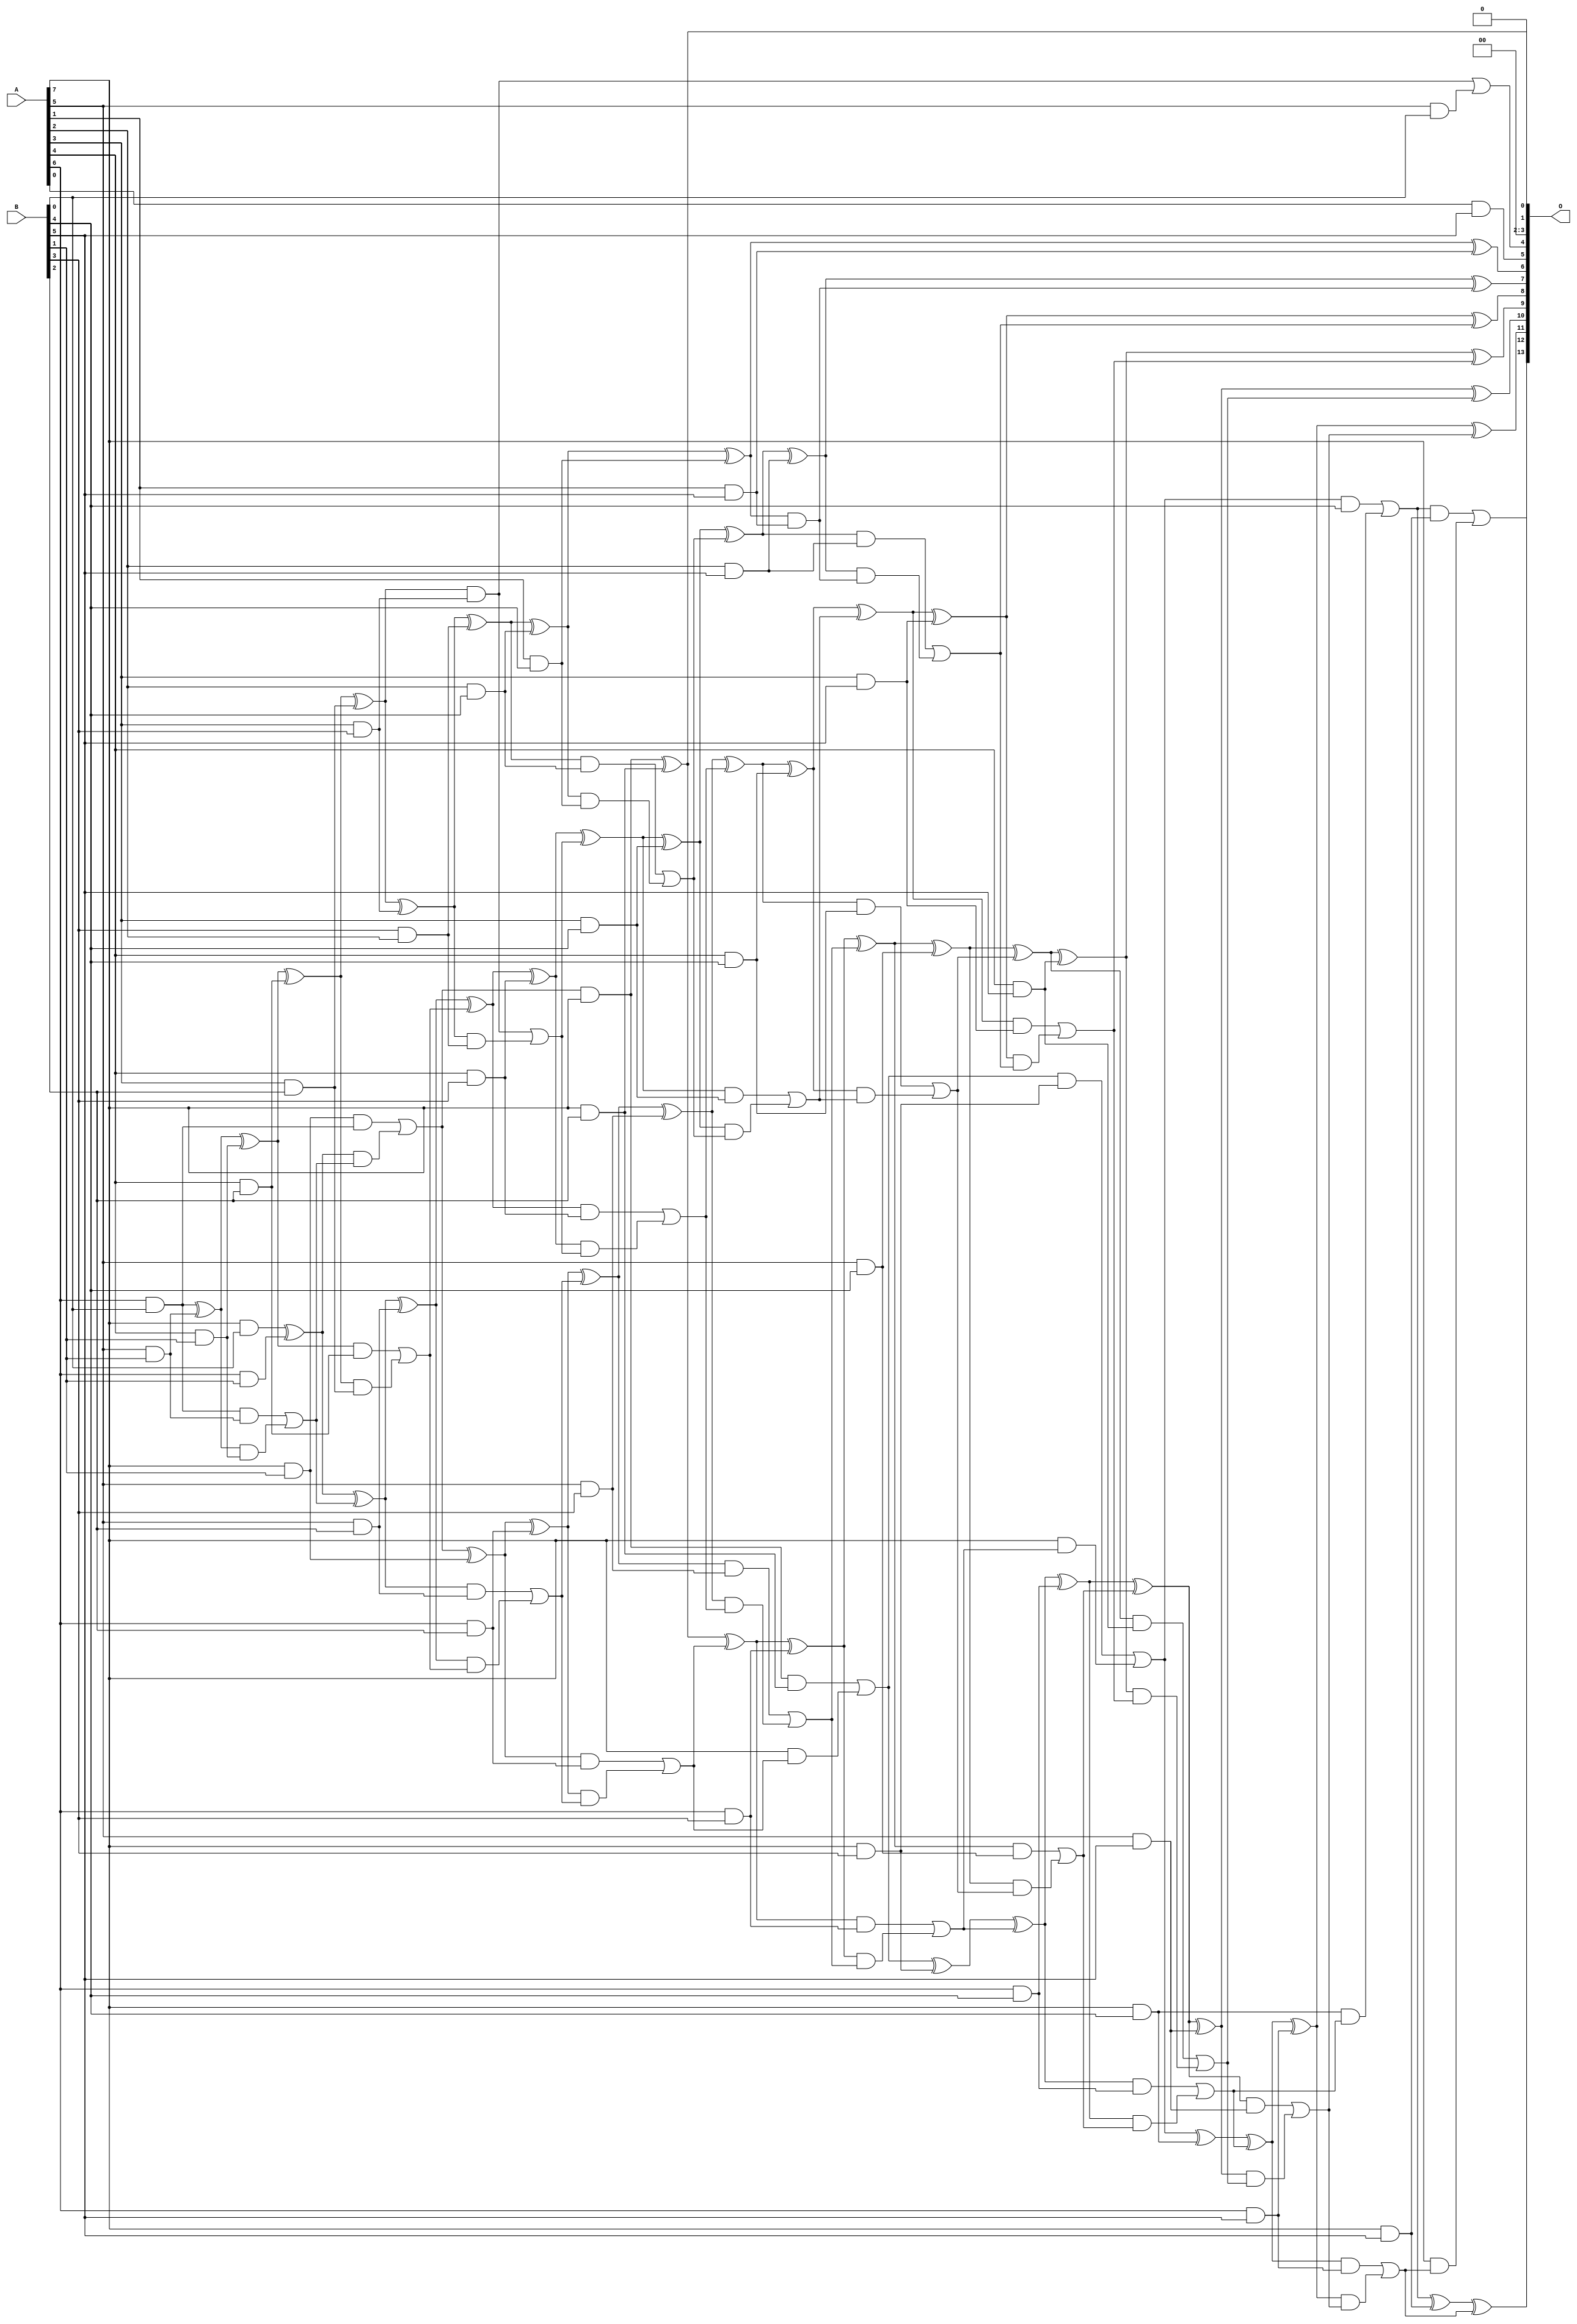
// This program was cloned from: https://github.com/ehw-fit/evoapproxlib
// License: MIT License

/***
* This code is a part of EvoApproxLib library (ehw.fit.vutbr.cz/approxlib) distributed under The MIT License.
* When used, please cite the following article(s): V. Mrazek, L. Sekanina, Z. Vasicek "Libraries of Approximate Circuits: Automated Design and Application in CNN Accelerators" IEEE Journal on Emerging and Selected Topics in Circuits and Systems, Vol 10, No 4, 2020 
* This file contains a circuit from a sub-set of pareto optimal circuits with respect to the pwr and mse parameters
***/
// MAE% = 0.13 %
// MAE = 21 
// WCE% = 0.48 %
// WCE = 78 
// WCRE% = 100.00 %
// EP% = 92.97 %
// MRE% = 3.06 %
// MSE = 682 
// PDK45_PWR = 0.186 mW
// PDK45_AREA = 367.0 um2
// PDK45_DELAY = 1.16 ns

module mul8x6u_4TF (
    A,
    B,
    O
);

input [7:0] A;
input [5:0] B;
output [13:0] O;

wire sig_20,sig_21,sig_26,sig_27,sig_28,sig_29,sig_36,sig_52,sig_53,sig_54,sig_55,sig_56,sig_57,sig_58,sig_59,sig_60,sig_61,sig_62,sig_63,sig_67;
wire sig_68,sig_69,sig_70,sig_71,sig_89,sig_90,sig_91,sig_92,sig_93,sig_94,sig_95,sig_96,sig_97,sig_98,sig_99,sig_100,sig_101,sig_102,sig_103,sig_104;
wire sig_105,sig_106,sig_107,sig_108,sig_112,sig_113,sig_114,sig_115,sig_116,sig_129,sig_130,sig_131,sig_132,sig_133,sig_134,sig_135,sig_136,sig_137,sig_138,sig_139;
wire sig_140,sig_141,sig_142,sig_143,sig_144,sig_145,sig_146,sig_147,sig_148,sig_149,sig_150,sig_151,sig_152,sig_153,sig_154,sig_155,sig_156,sig_157,sig_158,sig_159;
wire sig_160,sig_161,sig_163,sig_169,sig_170,sig_171,sig_172,sig_173,sig_174,sig_175,sig_176,sig_177,sig_178,sig_179,sig_180,sig_181,sig_182,sig_183,sig_184,sig_185;
wire sig_186,sig_187,sig_188,sig_189,sig_190,sig_191,sig_192,sig_193,sig_194,sig_195,sig_196,sig_197,sig_198,sig_199,sig_200,sig_201,sig_202,sig_203,sig_204,sig_205;
wire sig_206,sig_209,sig_210,sig_214,sig_215,sig_216,sig_217,sig_218,sig_219,sig_220,sig_221,sig_222,sig_223,sig_224,sig_225,sig_226,sig_227,sig_228,sig_229,sig_230;
wire sig_231,sig_232,sig_233,sig_234,sig_235,sig_236,sig_237,sig_238,sig_239,sig_240,sig_241,sig_242,sig_243;

assign sig_20 = A[6] & B[0];
assign sig_21 = A[7] & B[0];
assign sig_26 = A[4] & B[1];
assign sig_27 = A[5] & B[1];
assign sig_28 = A[6] & B[1];
assign sig_29 = A[7] & B[1];
assign sig_36 = B[3] & A[2];
assign sig_52 = sig_20 ^ sig_27;
assign sig_53 = sig_20 & sig_27;
assign sig_54 = sig_52 & sig_26;
assign sig_55 = sig_52 ^ sig_26;
assign sig_56 = sig_53 | sig_54;
assign sig_57 = sig_21 ^ sig_28;
assign sig_58 = sig_29 & sig_20;
assign sig_59 = sig_57 & sig_56;
assign sig_60 = sig_57 ^ sig_56;
assign sig_61 = sig_58 | sig_59;
assign sig_62 = sig_61 & A[7];
assign sig_63 = sig_61 ^ sig_29;
assign sig_67 = A[3] & B[2];
assign sig_68 = A[4] & B[2];
assign sig_69 = A[5] & B[2];
assign sig_70 = A[6] & B[2];
assign sig_71 = A[7] & B[2];
assign sig_89 = sig_55 ^ sig_68;
assign sig_90 = sig_55 & sig_68;
assign sig_91 = sig_89 & sig_67;
assign sig_92 = sig_89 ^ sig_67;
assign sig_93 = sig_90 | sig_91;
assign sig_94 = sig_60 ^ sig_69;
assign sig_95 = sig_60 & sig_69;
assign sig_96 = sig_94 & sig_93;
assign sig_97 = sig_94 ^ sig_93;
assign sig_98 = sig_95 | sig_96;
assign sig_99 = sig_63 ^ sig_70;
assign sig_100 = sig_63 & sig_70;
assign sig_101 = sig_99 & sig_98;
assign sig_102 = sig_99 ^ sig_98;
assign sig_103 = sig_100 | sig_101;
assign sig_104 = sig_62 ^ sig_71;
assign sig_105 = sig_62 & sig_71;
assign sig_106 = A[7] & sig_103;
assign sig_107 = sig_104 ^ sig_103;
assign sig_108 = sig_105 | sig_106;
assign sig_112 = A[3] & B[3];
assign sig_113 = A[4] & B[3];
assign sig_114 = A[5] & B[3];
assign sig_115 = A[6] & B[3];
assign sig_116 = A[7] & B[3];
assign sig_129 = sig_92 ^ sig_112;
assign sig_130 = sig_92 & sig_112;
assign sig_131 = sig_129 & sig_36;
assign sig_132 = sig_129 ^ sig_36;
assign sig_133 = sig_130 | sig_131;
assign sig_134 = sig_97 ^ sig_113;
assign sig_135 = sig_97 & sig_113;
assign sig_136 = sig_134 & sig_133;
assign sig_137 = sig_134 ^ sig_133;
assign sig_138 = sig_135 | sig_136;
assign sig_139 = sig_102 ^ sig_114;
assign sig_140 = sig_102 & sig_114;
assign sig_141 = sig_139 & sig_138;
assign sig_142 = sig_139 ^ sig_138;
assign sig_143 = sig_140 | sig_141;
assign sig_144 = sig_107 ^ sig_115;
assign sig_145 = sig_107 & sig_115;
assign sig_146 = sig_144 & sig_143;
assign sig_147 = sig_144 ^ sig_143;
assign sig_148 = sig_145 | sig_146;
assign sig_149 = sig_108 ^ sig_116;
assign sig_150 = sig_108 & sig_116;
assign sig_151 = A[7] & sig_148;
assign sig_152 = sig_149 ^ sig_148;
assign sig_153 = sig_150 | sig_151;
assign sig_154 = A[5] & B[0];
assign sig_155 = A[1] & B[4];
assign sig_156 = A[2] & B[4];
assign sig_157 = A[3] & B[4];
assign sig_158 = A[4] & B[4];
assign sig_159 = A[5] & B[4];
assign sig_160 = A[6] & B[4];
assign sig_161 = A[7] & B[4];
assign sig_163 = sig_130 | sig_154;
assign sig_169 = sig_132 ^ sig_156;
assign sig_170 = sig_132 & sig_156;
assign sig_171 = sig_169 & sig_155;
assign sig_172 = sig_169 ^ sig_155;
assign sig_173 = sig_170 | sig_171;
assign sig_174 = sig_137 ^ sig_157;
assign sig_175 = sig_137 & sig_157;
assign sig_176 = sig_174 & sig_173;
assign sig_177 = sig_174 ^ sig_173;
assign sig_178 = sig_175 | sig_176;
assign sig_179 = sig_142 ^ sig_158;
assign sig_180 = sig_142 & sig_158;
assign sig_181 = sig_179 & sig_178;
assign sig_182 = sig_179 ^ sig_178;
assign sig_183 = sig_180 | sig_181;
assign sig_184 = sig_147 ^ sig_159;
assign sig_185 = sig_147 & sig_159;
assign sig_186 = sig_184 & sig_183;
assign sig_187 = sig_184 ^ sig_183;
assign sig_188 = sig_185 | sig_186;
assign sig_189 = sig_152 ^ sig_160;
assign sig_190 = sig_152 & sig_160;
assign sig_191 = sig_189 & sig_188;
assign sig_192 = sig_189 ^ sig_188;
assign sig_193 = sig_190 | sig_191;
assign sig_194 = sig_153 ^ sig_161;
assign sig_195 = sig_153 & B[4];
assign sig_196 = sig_161 & sig_193;
assign sig_197 = sig_194 ^ sig_193;
assign sig_198 = sig_195 | sig_196;
assign sig_199 = A[0] & B[5];
assign sig_200 = A[1] & B[5];
assign sig_201 = A[2] & B[5];
assign sig_202 = A[3] & B[5];
assign sig_203 = A[4] & B[5];
assign sig_204 = A[5] & B[5];
assign sig_205 = A[6] & B[5];
assign sig_206 = A[7] & B[5];
assign sig_209 = sig_172 ^ sig_200;
assign sig_210 = sig_172 & sig_200;
assign sig_214 = sig_177 ^ sig_201;
assign sig_215 = sig_177 & sig_201;
assign sig_216 = sig_214 & sig_210;
assign sig_217 = sig_214 ^ sig_210;
assign sig_218 = sig_215 | sig_216;
assign sig_219 = sig_182 ^ sig_202;
assign sig_220 = sig_182 & sig_202;
assign sig_221 = sig_219 & sig_218;
assign sig_222 = sig_219 ^ sig_218;
assign sig_223 = sig_220 | sig_221;
assign sig_224 = sig_187 ^ sig_203;
assign sig_225 = sig_187 & sig_203;
assign sig_226 = sig_224 & sig_223;
assign sig_227 = sig_224 ^ sig_223;
assign sig_228 = sig_225 | sig_226;
assign sig_229 = sig_192 ^ sig_204;
assign sig_230 = sig_192 & sig_204;
assign sig_231 = sig_229 & sig_228;
assign sig_232 = sig_229 ^ sig_228;
assign sig_233 = sig_230 | sig_231;
assign sig_234 = sig_197 ^ sig_205;
assign sig_235 = sig_197 & sig_205;
assign sig_236 = sig_234 & sig_233;
assign sig_237 = sig_234 ^ sig_233;
assign sig_238 = sig_235 | sig_236;
assign sig_239 = sig_198 ^ sig_206;
assign sig_240 = sig_198 & sig_206;
assign sig_241 = A[7] & sig_238;
assign sig_242 = sig_239 ^ sig_238;
assign sig_243 = sig_240 | sig_241;

assign O[13] = sig_243;
assign O[12] = sig_242;
assign O[11] = sig_237;
assign O[10] = sig_232;
assign O[9] = sig_227;
assign O[8] = sig_222;
assign O[7] = sig_217;
assign O[6] = sig_209;
assign O[5] = sig_199;
assign O[4] = sig_163;
assign O[3] = 1'b0;
assign O[2] = 1'b0;
assign O[1] = sig_104;
assign O[0] = 1'b0;

endmodule